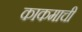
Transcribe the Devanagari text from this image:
काकमाची